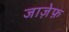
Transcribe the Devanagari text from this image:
जाज़ेफ़